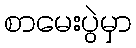
စာမေးပွဲမှာ